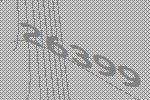
26399